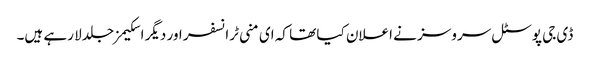
ڈی جی پوسٹل سروسز نے اعلان کیا تھا کہ ای منی ٹرانسفر اور دیگر اسکیمز جلد لا رہے ہیں۔